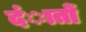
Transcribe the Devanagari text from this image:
दंातों